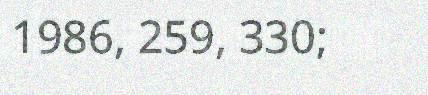
1986, 259, 330;